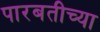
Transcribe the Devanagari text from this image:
पारबतीच्या